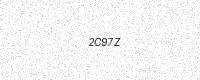
Text: 2C97Z